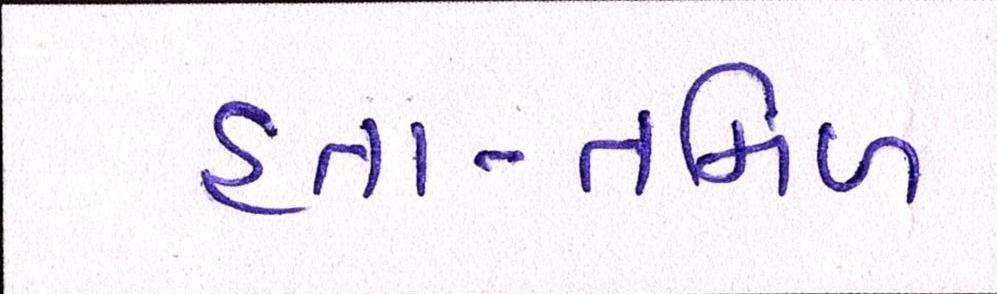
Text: હતા-તમિળ